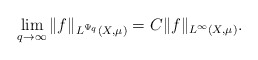
\begin{align*} \lim_{q\rightarrow \infty}\|f\|_{L^{\Psi_q}(X,\mu)}=C\|f\|_{L^\infty(X,\mu)}.\end{align*}